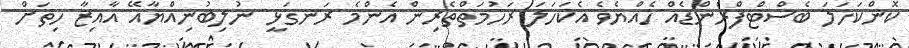
ކޮންކަހަލަ ބެސްޓްފްރެންޑެއް ހެއްޔެވެ އެކަހަލަ ރަހުމަތްތެރިން އެންމެ ރަނގަޅީ ނުލިބުނިއްޔާއޭ އާއިޒާ ހިތަށް